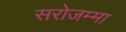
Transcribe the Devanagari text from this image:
सरोजम्मा